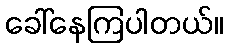
ခေါ်နေကြပါတယ်။